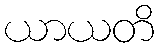
ယာယတိ